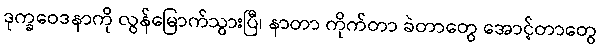
ဒုက္ခဝေဒနာကို လွန်မြောက်သွားပြီ၊ နာတာ ကိုက်တာ ခဲတာတွေ အောင့်တာတွေ